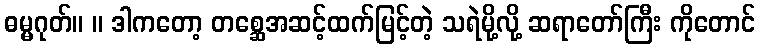
ဓမ္မဂုတ်။ ။ ဒါကတော့ တစ္ဆေအဆင့်ထက်မြင့်တဲ့ သရဲမို့လို့ ဆရာတော်ကြီး ကိုတောင်